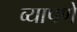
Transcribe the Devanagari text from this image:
व्यापणे